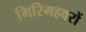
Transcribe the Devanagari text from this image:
गिरिगहवरों